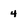
Character: 4